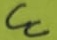
Text: CC